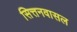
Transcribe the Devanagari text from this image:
सित्तनवासल